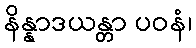
နိန္နာဒယန္တာ ပဝနံ၊